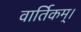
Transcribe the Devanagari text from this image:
वार्तिकम्।